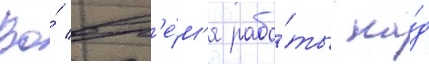
Во́ вр'е́м'я рабо́ты на́д